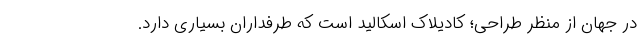
در جهان از منظر طراحی؛ کادیلاک اسکالید است که طرفداران بسیاری دارد.